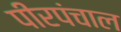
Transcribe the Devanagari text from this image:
पीरपंचाल